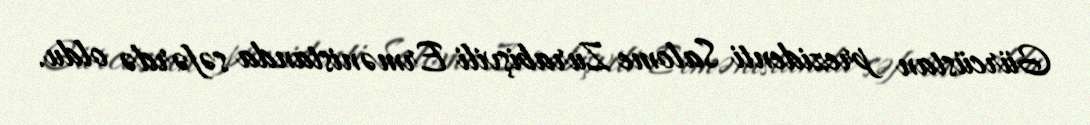
Gürcüstan prezidenti Salome Zurabişvili Ermənistanda səfərdə oldu.